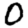
Digit: 0